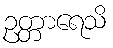
ဥတ္တာရေသိ